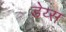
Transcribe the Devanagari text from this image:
डेय्स